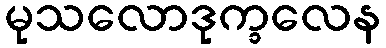
မုသလောဒုက္ခလေန